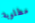
مطلوبة